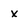
Character: x